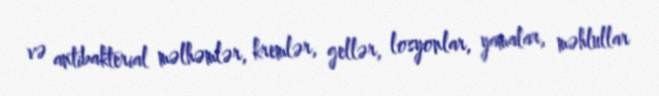
və antibakterial məlhəmlər, kremlər, gellər, losyonlar, yamalar, məhlullar